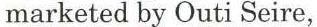
marketed by Outi Seire,